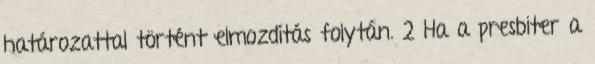
határozattal történt elmozdítás folytán. 2 Ha a presbiter a